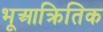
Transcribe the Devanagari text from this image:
भूआक्रितिक